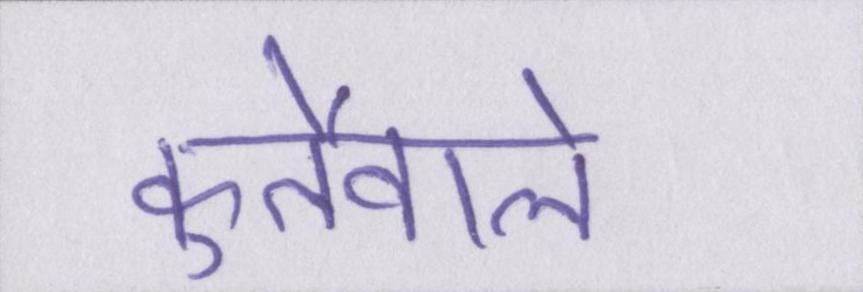
कुर्तेवाले